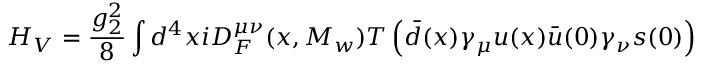
H _ { V } = { \frac { g _ { 2 } ^ { 2 } } { 8 } } \int d ^ { 4 } x i D _ { F } ^ { \mu \nu } ( x , M _ { w } ) T \left( \bar { d } ( x ) \gamma _ { \mu } u ( x ) \bar { u } ( 0 ) \gamma _ { \nu } s ( 0 ) \right)